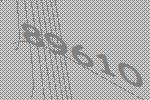
89610